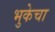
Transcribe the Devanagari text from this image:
भुकेचा